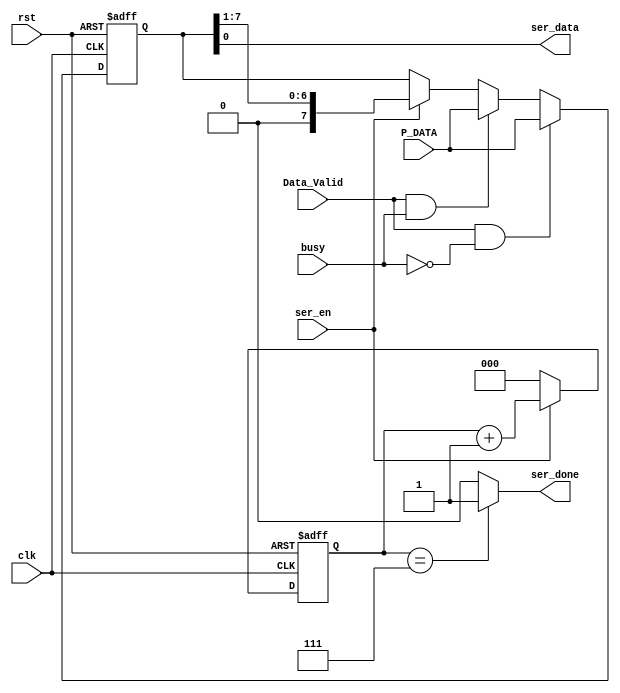
module serializer (
    input wire clk,
    input wire rst,
    input wire Data_Valid,
    input wire [7:0] P_DATA,
   input wire ser_en,
   input wire busy,
    output wire ser_done,
    output wire ser_data
    
   
    
);
    
reg [7:0] DATA;
reg [2:0]ser_count ;
always @(posedge clk or negedge rst) begin

    if(!rst)
    begin


DATA <= 8'b0;

    end


else if (Data_Valid && !busy)
begin
 
    DATA <= P_DATA; 
  
end
else if(Data_Valid && busy )
begin
   DATA <= P_DATA; 
   
end

 else if (ser_en)
 begin
    DATA <= DATA>>1;
 end


end

always @(posedge clk or negedge rst) begin
    
    if(!rst)
    begin

ser_count <=3'b0;


    end

else if (!ser_en)
begin
ser_count <=3'b0;

end

else 
begin
    
    ser_count <= ser_count +3'b1;
    
end

end 

assign ser_done = (ser_count == 3'b111) ? 1'b1 : 1'b0 ;
assign ser_data = DATA[0];

endmodule